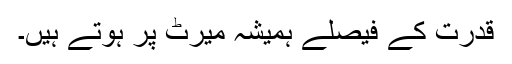
قدرت کے فیصلے ہمیشہ میرٹ پر ہوتے ہیں۔